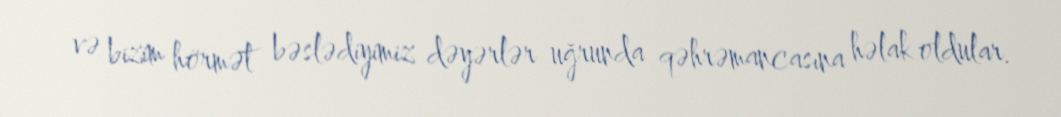
və bizim hörmət bəslədiyimiz dəyərlər uğrunda qəhrəmancasına həlak oldular.